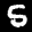
Label: 5